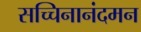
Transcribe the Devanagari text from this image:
सच्चिनानंदमन